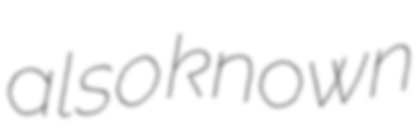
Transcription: also known